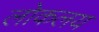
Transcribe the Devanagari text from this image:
लोकलय